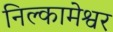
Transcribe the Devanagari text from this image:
निल्कामेश्वर